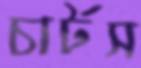
চার্টস